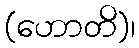
(ဟောတိ)၊